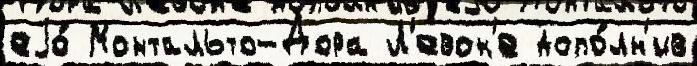
еjо́ Монтальто-Дора Л'евон'е допо́лн'ив